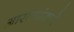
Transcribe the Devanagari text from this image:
आरत्यांद्वारे